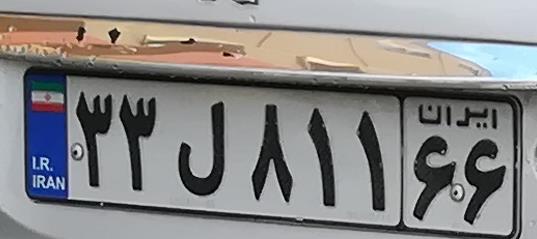
۳۳ل۸۱۱۶۶